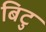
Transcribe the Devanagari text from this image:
बिटु